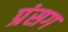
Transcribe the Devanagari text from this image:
प्रंसग